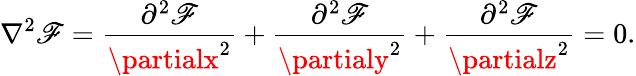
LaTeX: \nabla^{2}\mathscr{F}={\frac{{\partial^{2}\mathscr{F}}}{{\partialx^{2}}}}+{\frac{{\partial^{2}\mathscr{F}}}{{\partialy^{2}}}}+{\frac{{\partial^{2}\mathscr{F}}}{{\partialz^{2}}}}=0.